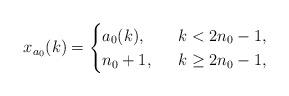
LaTeX: \begin{align*}x_{a_0}(k)=\begin{cases} a_0(k), \ & \ k<2n_0-1,\\n_0+1, \ & \ k\ge 2n_0-1,\end{cases}\end{align*}